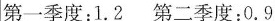
第一季度：1.2第二季度：0.9